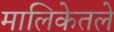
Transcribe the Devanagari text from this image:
मालिकेतले